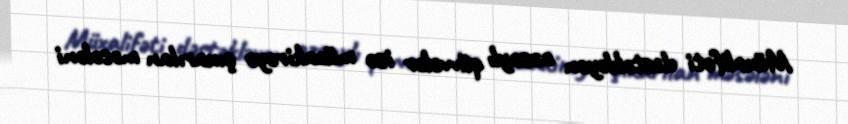
Müxalifəti dəstəkləyən azsaylı qüvvələr isə müzakirəyə çıxarılan məsələni